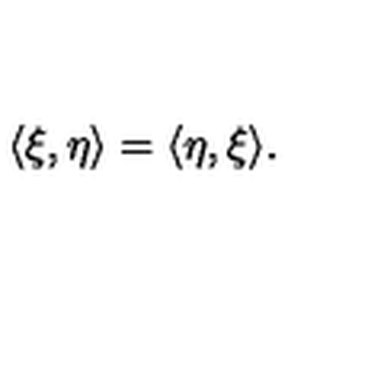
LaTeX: \langle \xi , \eta \rangle = \langle \eta , \xi \rangle .